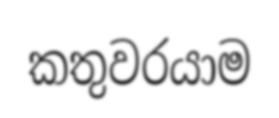
කතුවරයාම